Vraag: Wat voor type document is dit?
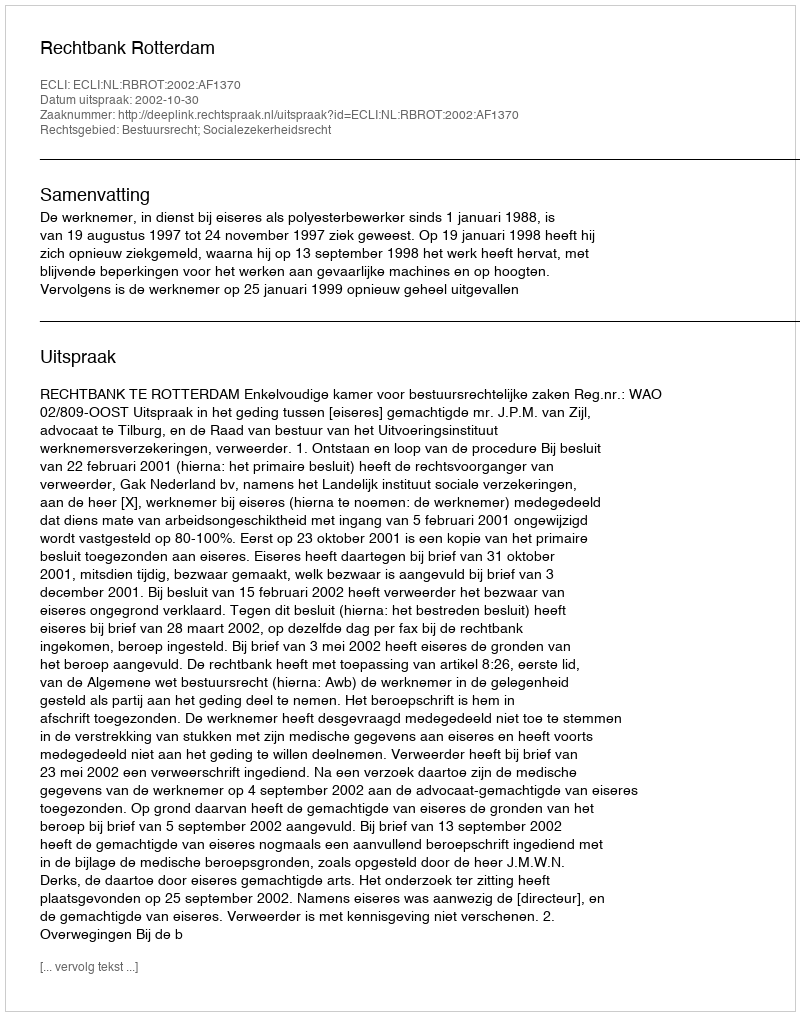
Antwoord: Uitspraak